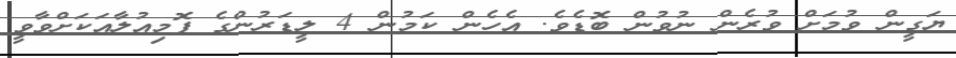
ޔަގީން ވުމަށް ވުރެން ނުވުން ބޮޑެވެ. އެހެން ކަމުން 4 ލީޑަރުންގެ ފޮމިއުލާއަކަށްވާވީ